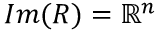
I m ( R ) = \mathbb { R } ^ { n }